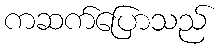
ကဆက်ပြောသည်